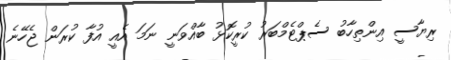
ރިޔާސީ އިންތިހާބު ސެޕްޓެމްބަރު ކުރީކޮޅު ބާއްވަނީ ނަމަ އެއީ އުފާ ކުރަން ޖެހޭނެ